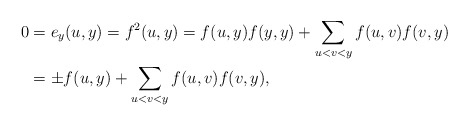
\begin{align*}0&=e_y(u,y)=f^2(u,y)=f(u,y)f(y,y)+\sum_{u<v<y}f(u,v)f(v,y)\\&=\pm f(u,y)+\sum_{u<v<y}f(u,v)f(v,y),\end{align*}